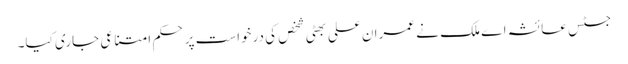
جسٹس عائشہ اے ملک نے عمران علی بھٹی شخص کی درخواست پر حکم امتناعی جاری کیا۔